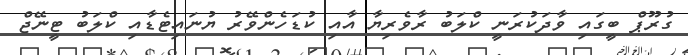
ގުރޫޕް ބީގައި ވާދަކުރަނީ ކްލަބު ރާވެރިޔާ އާއި ކުޑަހެންވޭރު ޔުނައިޓެޑާއި ކްލަބު ޓީނޭޖް